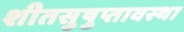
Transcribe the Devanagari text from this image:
शीतसुषुप्तावस्था